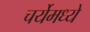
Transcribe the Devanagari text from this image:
चर्येमध्ये